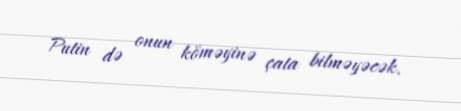
Putin də onun köməyinə çata bilməyəcək.